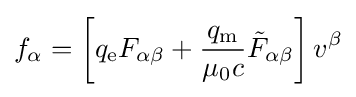
f_{\alpha }=\left[q_{\mathrm {e} }F_{\alpha \beta }+{\frac {q_{\mathrm {m} }}{\mu _{0}c}}{{\tilde {F}}_{\alpha \beta }}\right]v^{\beta }